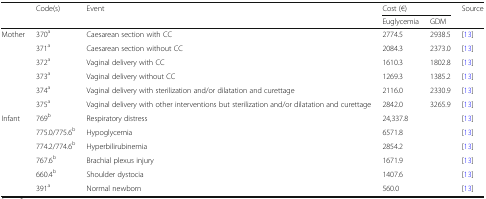
<table><thead><tr><td></td><td><b>Code(s)</b></td><td><b>Event</b></td><td colspan="2"><b>Cost (€)</b></td><td><b>Source</b></td></tr><tr><td></td><td></td><td></td><td><b>Euglycemia</b></td><td><b>GDM</b></td><td></td></tr></thead><tbody><tr><td rowspan="6">Mother</td><td>370<sup>a</sup></td><td>Caesarean section with CC</td><td>2774.5</td><td>2938.5</td><td>[13]</td></tr><tr><td>371<sup>a</sup></td><td>Caesarean section without CC</td><td>2084.3</td><td>2373.0</td><td>[13]</td></tr><tr><td>372<sup>a</sup></td><td>Vaginal delivery with CC</td><td>1610.3</td><td>1802.8</td><td>[13]</td></tr><tr><td>373<sup>a</sup></td><td>Vaginal delivery without CC</td><td>1269.3</td><td>1385.2</td><td>[13]</td></tr><tr><td>374<sup>a</sup></td><td>Vaginal delivery with sterilization and/or dilatation and curettage</td><td>2116.0</td><td>2330.9</td><td>[13]</td></tr><tr><td>375<sup>a</sup></td><td>Vaginal delivery with other interventions but sterilization and/or dilatation and curettage</td><td>2842.0</td><td>3265.9</td><td>[13]</td></tr><tr><td rowspan="6">Infant</td><td>769<sup>b</sup></td><td>Respiratory distress</td><td colspan="2">24,337.8</td><td>[13]</td></tr><tr><td>775.0/775.6<sup>b</sup></td><td>Hypoglycemia</td><td colspan="2">6571.8</td><td>[13]</td></tr><tr><td>774.2/774.6<sup>b</sup></td><td>Hyperbilirubinemia</td><td colspan="2">2854.2</td><td>[13]</td></tr><tr><td>767.6<sup>b</sup></td><td>Brachial plexus injury</td><td colspan="2">1671.9</td><td>[13]</td></tr><tr><td>660.4<sup>b</sup></td><td>Shoulder dystocia</td><td colspan="2">1407.6</td><td>[13]</td></tr><tr><td>391<sup>a</sup></td><td>Normal newborn</td><td colspan="2">560.0</td><td>[13]</td></tr></tbody></table>